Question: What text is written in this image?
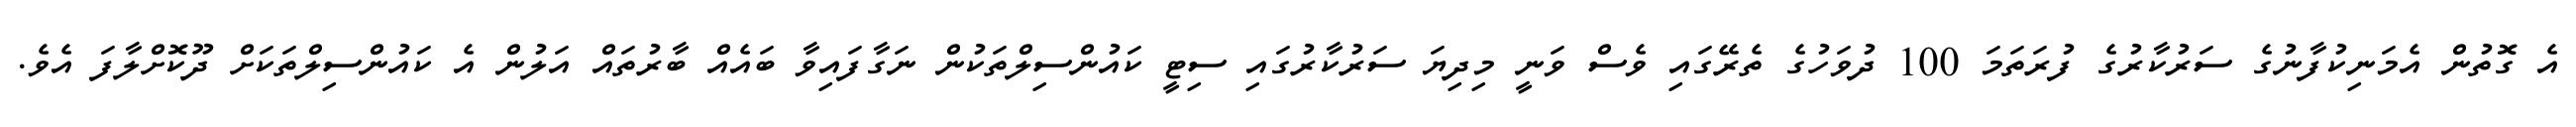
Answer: އެ ގޮތުން އެމަނިކުފާނުގެ ސަރުކާރުގެ ފުރަތަމަ 100 ދުވަހުގެ ތެރޭގައި ވެސް ވަނީ މިދިޔަ ސަރުކާރުގައި ސިޓީ ކައުންސިލްތަކުން ނަގާފައިވާ ބައެއް ބާރުތައް އަލުން އެ ކައުންސިލްތަކަށް ދޫކޮށްލާފަ އެވެ.